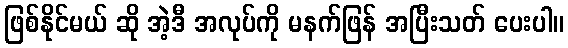
ဖြစ်နိုင်မယ် ဆို အဲ့ဒီ အလုပ်ကို မနက်ဖြန် အပြီးသတ် ပေးပါ။